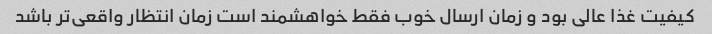
کیفیت غذا عالی بود و زمان ارسال خوب فقط خواهشمند است زمان انتظار واقعی‌تر باشد